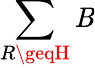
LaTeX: \sum\limits_{R\geqH}\mathit{B}